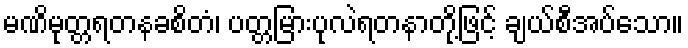
မဏိမုတ္တရတနခစိတံ၊ ပတ္တမြားပုလဲရတနာတို့ဖြင့် ချယ်စီအပ်သော။